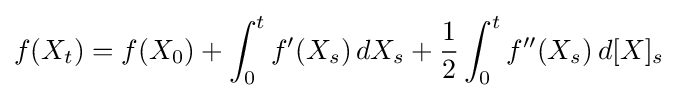
f(X_{t})=f(X_{0})+\int _{0}^{t}f'(X_{s})\,dX_{s}+{1 \over 2}\int _{0}^{t}f''(X_{s})\,d[X]_{s}